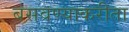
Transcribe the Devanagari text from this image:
बसवण्याकरीता